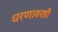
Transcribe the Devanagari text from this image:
धरणावरही